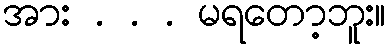
အား . . . မရတော့ဘူး။